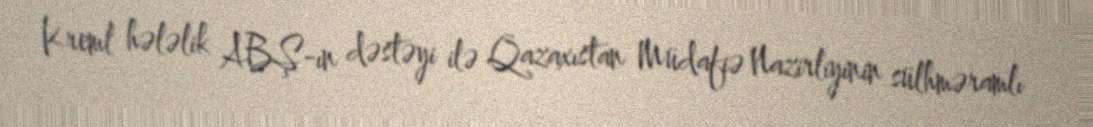
Kreml hələlik ABŞ-ın dəstəyi ilə Qazaxıstan Müdafiə Nazirliyinin sülhməramlı